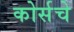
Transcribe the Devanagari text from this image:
कोर्सचे